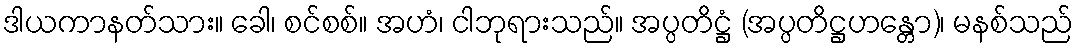
ဒါယကာနတ်သား။ ခေါ၊ စင်စစ်။ အဟံ၊ ငါဘုရားသည်။ အပ္ပတိဋ္ဌံ (အပ္ပတိဋ္ဌဟန္တော)၊ မနစ်သည်